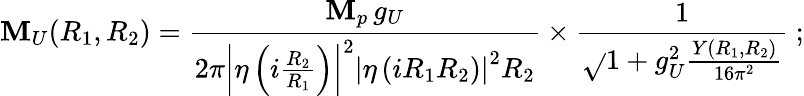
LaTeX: \mathbf{M}_{U}(R_{1},R_{2})=\frac{{\mathbf{M}_{p}\, g_{U}}}{{{2\pi}\left|\eta\left(i\frac{{R_{2}}}{{R_{1}}}\right)\right|^{2}\left|\eta\left(iR_{1}R_{2}\right)\right|^{2}R_{2}}}\times\frac{{1}}{{\sqrt{}{{1+g_{U}^{2}\frac{{Y(R_{1},R_{2})}}{{16\pi^{2}}}}}}}\ ;